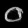
Digit: ၀